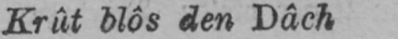
Krût blôs den Dâch